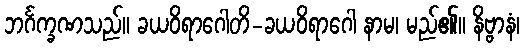
ဘင်္ဂက္ခဏသည်။ ခယဝိရာဂေါတိ-ခယဝိရာဂေါ နာမ၊ မည်၏။ နိဗ္ဗာနံ၊